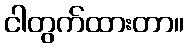
ငါတွက်ထားတာ။